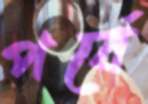
পর্বে